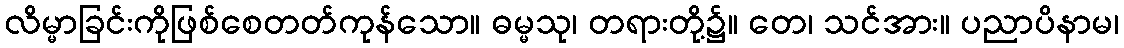
လိမ္မာခြင်းကိုဖြစ်စေတတ်ကုန်သော။ ဓမ္မသု၊ တရားတို့၌။ တေ၊ သင်အား။ ပညာပိနာမ၊